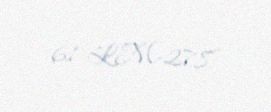
61-LM-278